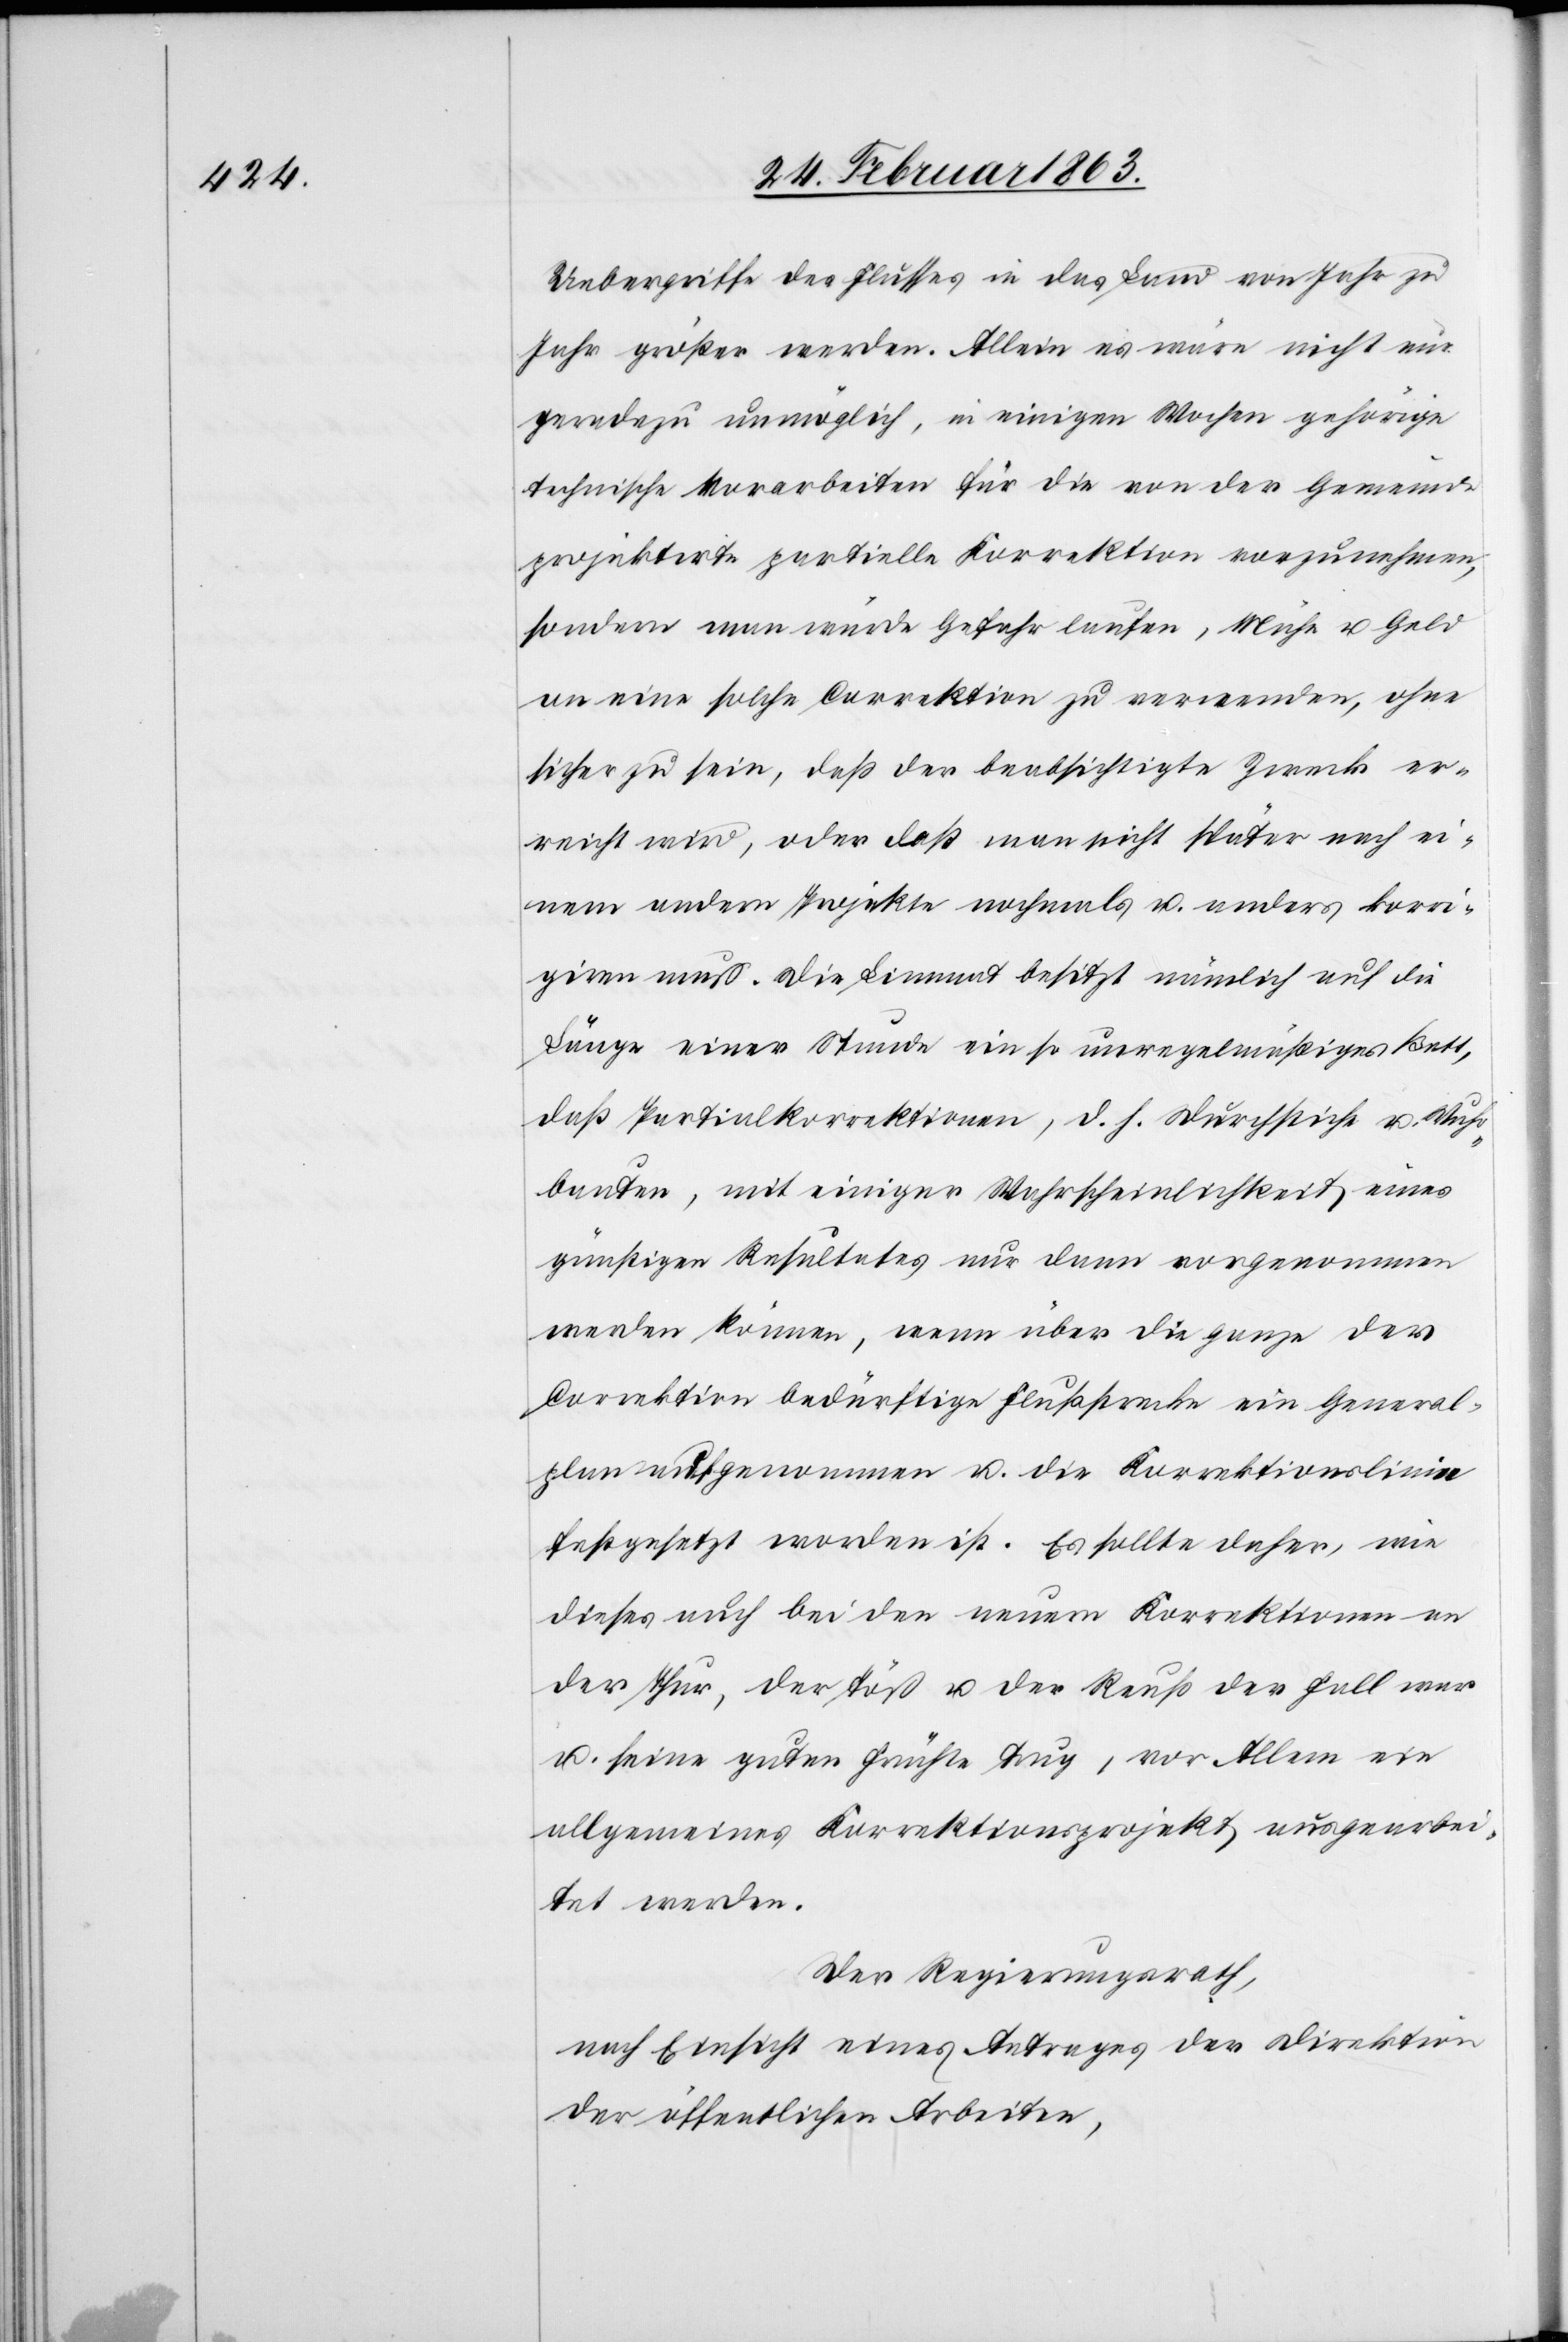
Uebergriffe des Flusses in das Land von Jahr zu
Jahr größer werden. Allein es wäre nicht nur
geradezu unmöglich, in einigen Wochen gehörige
technische Vorarbeiten für die von der Gemeinde
projektirte partielle Korrektion vorzunehmen,
sondern man würde Gefahr laufen, Mühe u. Geld
an eine solche Correktion zu verwenden, ohne
sicher zu sein, daß der beabsichtigte Zweck er¬
reicht wird, oder daß man nicht später nach ei¬
nem andern Projekte nochmals u. anders korri¬
giren muß. Die Limmat besitzt nämlich auf die
Länge einer Stunde ein so unregelmäßiges Bett,
daß Partialkorrektionen, d. h. Durchstiche u. Wuhr¬
bauten, mit einiger Wahrscheinlichkeit eines
günstigen Resultates nur dann vorgenommen
werden können, wenn über die ganze der
Correktion bedürftige Flußstrecke ein General¬
plan aufgenommen u. die Korrektionslinie
festgesetzt worden ist. Es sollte daher, wie
dieses auch bei den neuern Korrektionen an
der Thur, der Töß u. der Reuß der Fall war
u. seine guten Früchte trug, vor Allem ein
allgemeines Korrektionsprojekt ausgearbei¬
tet werden.
Der Regierungsrath,
nach Einsicht eines Antrages der Direktion
der öffentlichen Arbeiten,